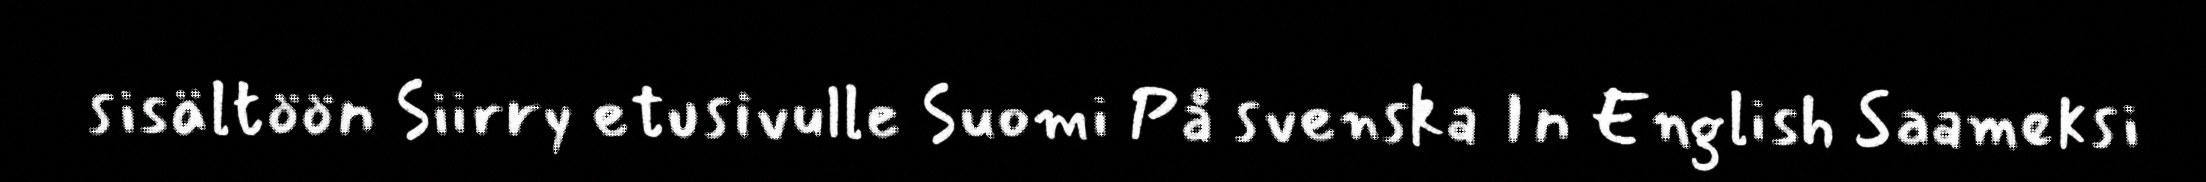
sisältöön Siirry etusivulle Suomi På svenska In English Saameksi